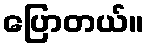
ပြောတယ်။